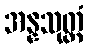
အန္နသုတ္တံ